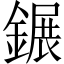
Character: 𨫀